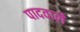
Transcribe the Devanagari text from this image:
पादवाले